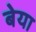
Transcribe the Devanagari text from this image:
बेया